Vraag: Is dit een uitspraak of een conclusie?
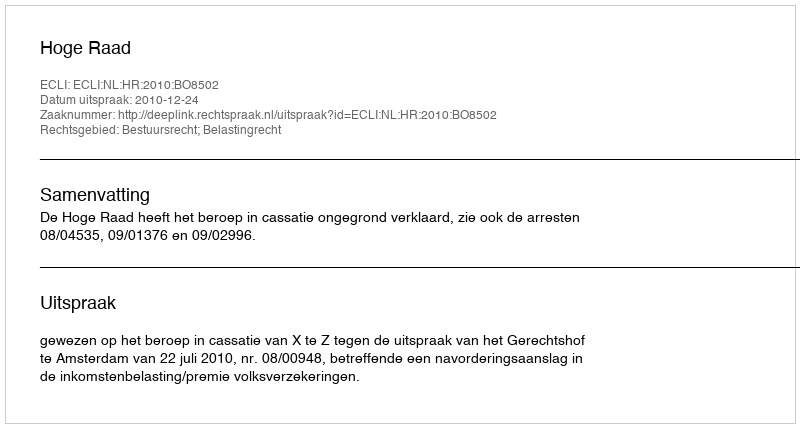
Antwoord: Uitspraak